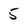
Character: 5